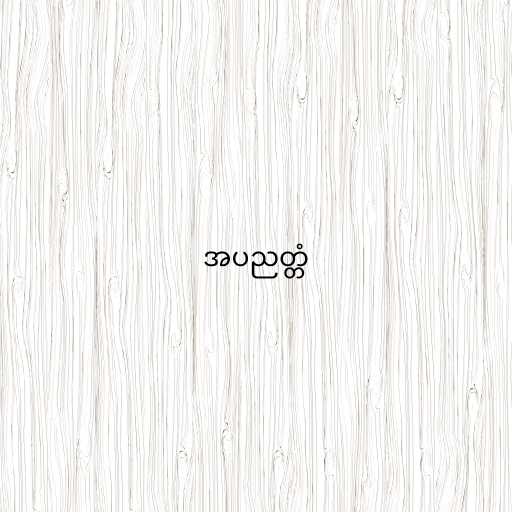
အပညတ္တံ